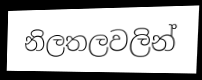
නිලතලවලින්